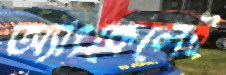
অ্যাংকেলেই